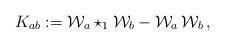
LaTeX: \begin{align*}K_{ab}:= {\cal W}_a \star_1 {\cal W}_b - {\cal W}_a \, {\cal W}_b\,,\end{align*}